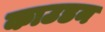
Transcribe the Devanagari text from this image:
काउडन